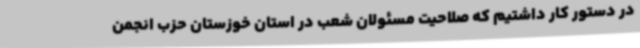
در دستور کار داشتیم که صلاحیت مسئولان شعب در استان خوزستان حزب انجمن